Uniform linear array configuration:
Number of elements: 12
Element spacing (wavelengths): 0.75
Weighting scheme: binomial
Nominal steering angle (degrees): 30
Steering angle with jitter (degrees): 30.927
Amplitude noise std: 0.05
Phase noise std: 0.05

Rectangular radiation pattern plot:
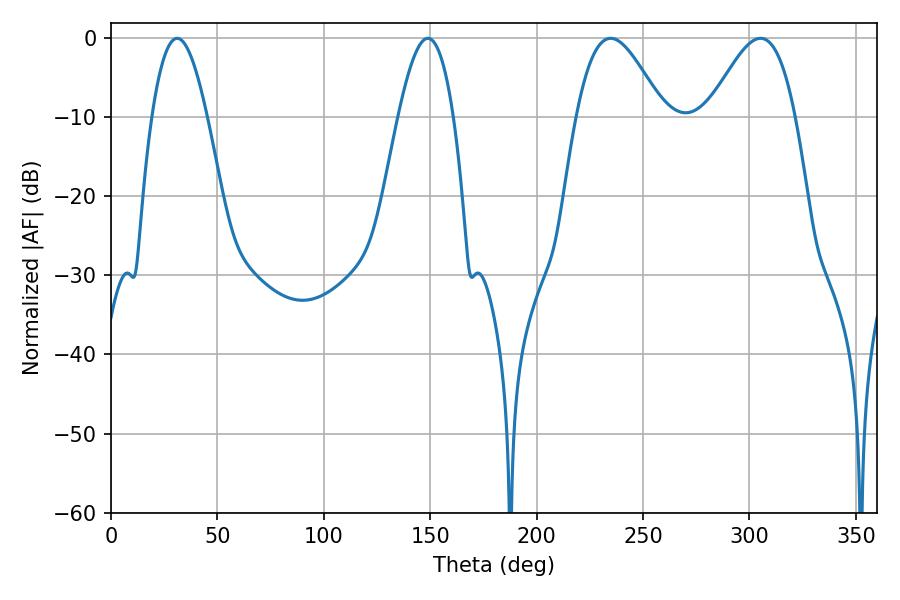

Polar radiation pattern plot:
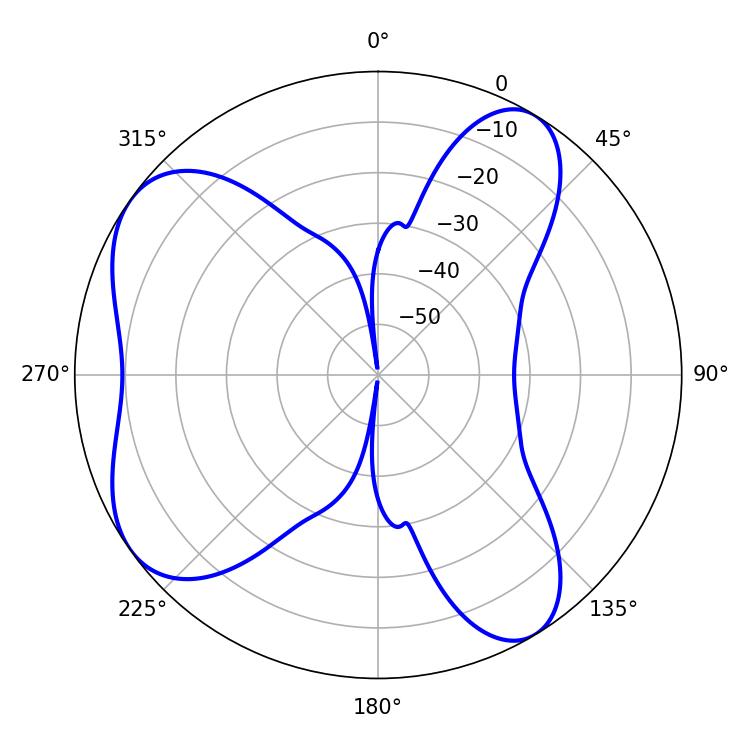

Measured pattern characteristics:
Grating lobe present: TRUE
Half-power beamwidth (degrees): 21.78
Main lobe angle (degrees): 234.72